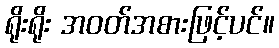
ရိုးရိုး အဝတ်အစားဖြင့်ပင်။